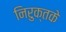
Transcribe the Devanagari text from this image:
निरुक्तके